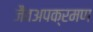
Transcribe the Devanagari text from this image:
जैवअपक्रमण